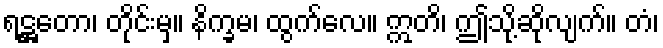
ရဋ္ဌတော၊ တိုင်းမှ။ နိက္ခမ၊ ထွက်လေ။ ဣတိ၊ ဤသို့ဆိုလျက်။ တံ၊